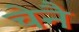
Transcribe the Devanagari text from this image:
चेनै